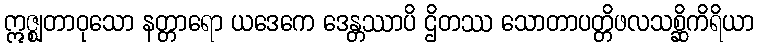
ဣဇ္ဈတာဝုသော နတ္တာရော ယဒေကေ ဒေန္တဿာပိ ဌိတဿ သောတာပတ္တိဖလသစ္ဆိကိရိယာ